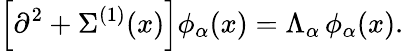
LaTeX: \left[\partial^{2}+\Sigma^{(1)}(x)\right]\phi_{\alpha}(x)=\Lambda_{\alpha}\, \phi_{\alpha}(x).